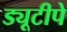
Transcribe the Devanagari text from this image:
ड्यूटीपे